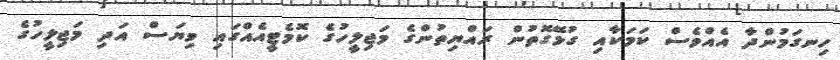
ހިނގަމުންދާ އެއްވެސް ކަމަކާއި ގުޅޭގޮތުން ރައްޔިތުންގެ މަޖިލީހުގެ ކޮމެޓީއެއްގައި ވިޔަސް އަދި މަޖިލީހުގެ